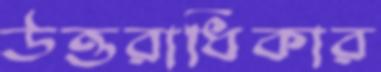
উত্তরাধিকার